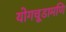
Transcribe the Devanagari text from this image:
योगचूडामणि